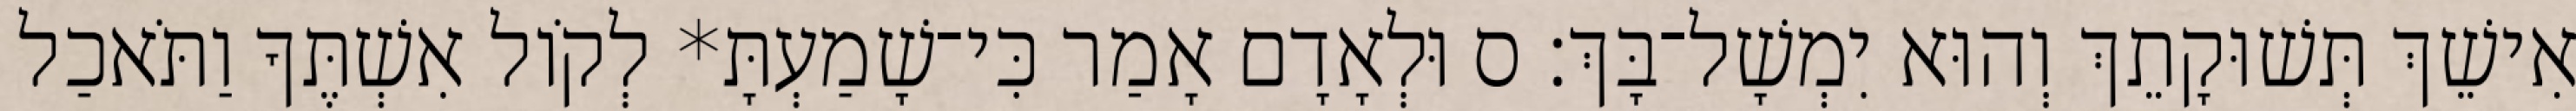
אִישֵׁךְ תְּשׁוּקָתֵךְ וְהוּא יִמְשָׁל־בָּךְ׃ ס וּלְאָדָם אָמַר כִּי־שָׁמַעְתָּ* לְקֹול אִשְׁתֶּךָ וַתֹּאכַל